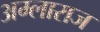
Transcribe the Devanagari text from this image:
अम्लाराज